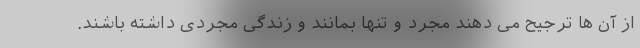
از آن ها ترجیح می دهند مجرد و تنها بمانند و زندگی مجردی داشته باشند.